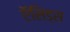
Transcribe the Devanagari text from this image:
ऍसिड्स